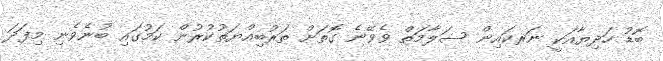
ބޮޑު ހަދިޔާއަކީ ނަރކައިން ސަލާމަތް ވެވޭނެ ގޮތަށް ތަރުބިއްޔަތުކުރުން ކަމުގައި ބުނެވެނި މިފަދަ